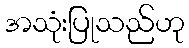
အသုံးပြုသည်ဟု